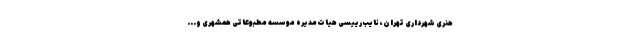
هنری شهرداری تهران، نایب‌رییسی هیات‌مدیره موسسه مطبوعاتی همشهری و...